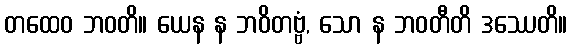
တထေဝ ဘဝတိ။ ယေန န ဘဝိတဗ္ဗံ, သော န ဘဝတီတိ ဒဿေတိ။